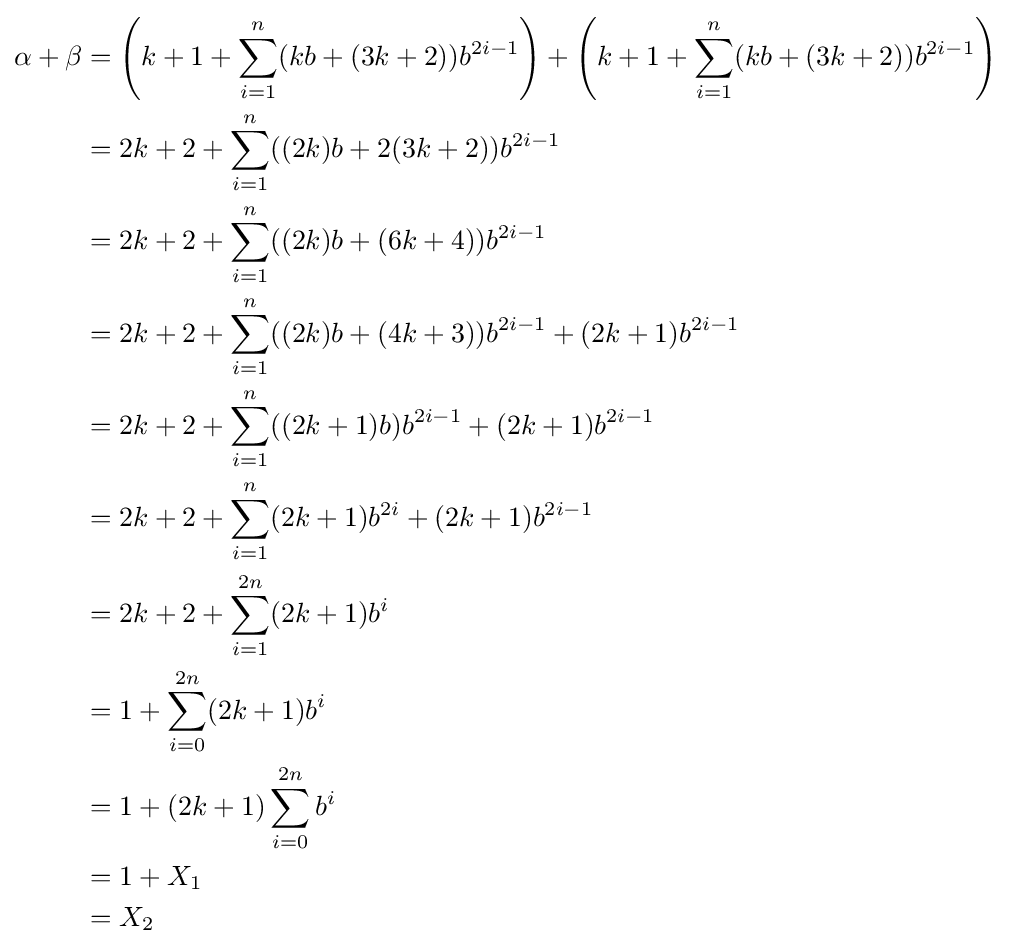
{\begin{aligned}\alpha +\beta &=\left(k+1+\sum _{i=1}^{n}(kb+(3k+2))b^{2i-1}\right)+\left(k+1+\sum _{i=1}^{n}(kb+(3k+2))b^{2i-1}\right)\\&=2k+2+\sum _{i=1}^{n}((2k)b+2(3k+2))b^{2i-1}\\&=2k+2+\sum _{i=1}^{n}((2k)b+(6k+4))b^{2i-1}\\&=2k+2+\sum _{i=1}^{n}((2k)b+(4k+3))b^{2i-1}+(2k+1)b^{2i-1}\\&=2k+2+\sum _{i=1}^{n}((2k+1)b)b^{2i-1}+(2k+1)b^{2i-1}\\&=2k+2+\sum _{i=1}^{n}(2k+1)b^{2i}+(2k+1)b^{2i-1}\\&=2k+2+\sum _{i=1}^{2n}(2k+1)b^{i}\\&=1+\sum _{i=0}^{2n}(2k+1)b^{i}\\&=1+(2k+1)\sum _{i=0}^{2n}b^{i}\\&=1+X_{1}\\&=X_{2}\end{aligned}}